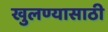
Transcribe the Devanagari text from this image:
खुलण्यासाठी